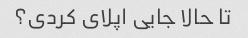
تا حالا جایی اپلای کردی؟